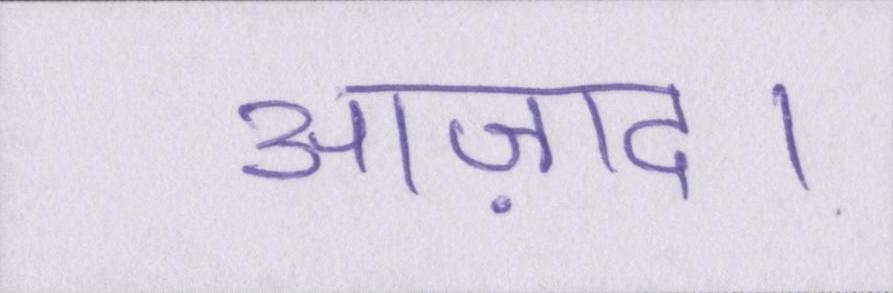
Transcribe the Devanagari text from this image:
आज़ाद।